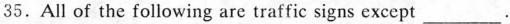
35. All of the following are traffic signs except ___.